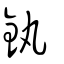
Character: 釻